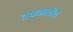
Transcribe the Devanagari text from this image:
चषकातील